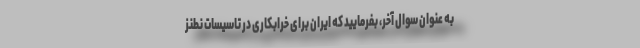
به عنوان سوال آخر، بفرمایید که ایران برای خرابکاری در تاسیسات نطنز